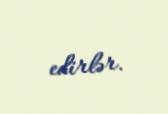
edirlər.